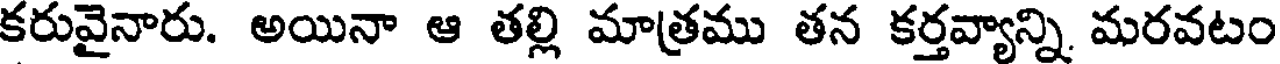
కరువైనారు. అయినా ఆ తల్లి మాత్రము తన కర్తవ్యాన్ని మరవటం